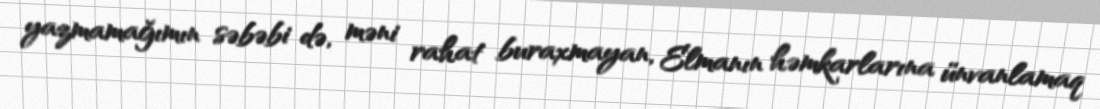
yazmamağımın səbəbi də, məni rahat buraxmayan, Elmanın həmkarlarına ünvanlamaq